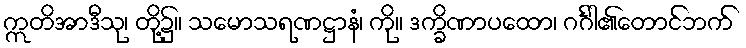
ဣတိအာဒီသု၊ တို့၌။ သမောသရဏဋ္ဌာနံ၊ ကို။ ဒက္ခိဏာပထော၊ ဂင်္ဂါ၏တောင်ဘက်